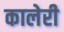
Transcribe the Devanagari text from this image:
कालेरी